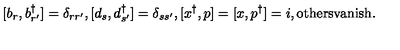
[ b _ { r } , b _ { r ^ { \prime } } ^ { \dagger } ] = \delta _ { r r ^ { \prime } } , [ d _ { s } , d _ { s ^ { \prime } } ^ { \dagger } ] = \delta _ { s s ^ { \prime } } , [ x ^ { \dagger } , p ] = [ x , p ^ { \dagger } ] = i , \mathrm { o t h e r s v a n i s h } .